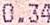
0.34